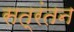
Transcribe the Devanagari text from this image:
सत्रंतन